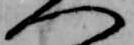
へ